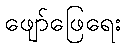
ဖျော်ဖြေရေး